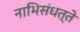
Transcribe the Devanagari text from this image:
नाभिसंधत्ते